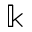
\Bbbk